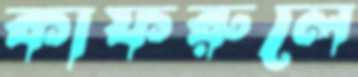
কাফরুলে